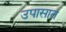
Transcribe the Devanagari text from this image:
उपासात